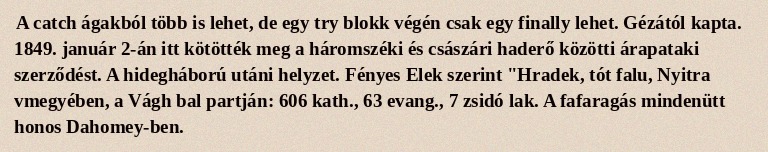
A catch ágakból több is lehet, de egy try blokk végén csak egy finally lehet. Gézától kapta. 1849. január 2-án itt kötötték meg a háromszéki és császári haderő közötti árapataki szerződést. A hidegháború utáni helyzet. Fényes Elek szerint "Hradek, tót falu, Nyitra vmegyében, a Vágh bal partján: 606 kath., 63 evang., 7 zsidó lak. A fafaragás mindenütt honos Dahomey-ben.